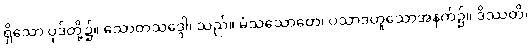
ရှိသော ပုဒ်တို့၌။ သောတသဒ္ဒေါ၊ သည်။ မံသသောတေ၊ ပသာဒဟူသောအနက်၌။ ဒိဿတိ၊